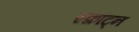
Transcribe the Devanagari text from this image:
स्क्रांट्न